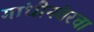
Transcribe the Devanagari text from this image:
गांधीनंतरचा